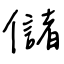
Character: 儲